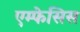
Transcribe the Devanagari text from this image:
एम्फेसिस